Vaccination Hyderabad 1872-1889 - 1872-1889
Year: 1872
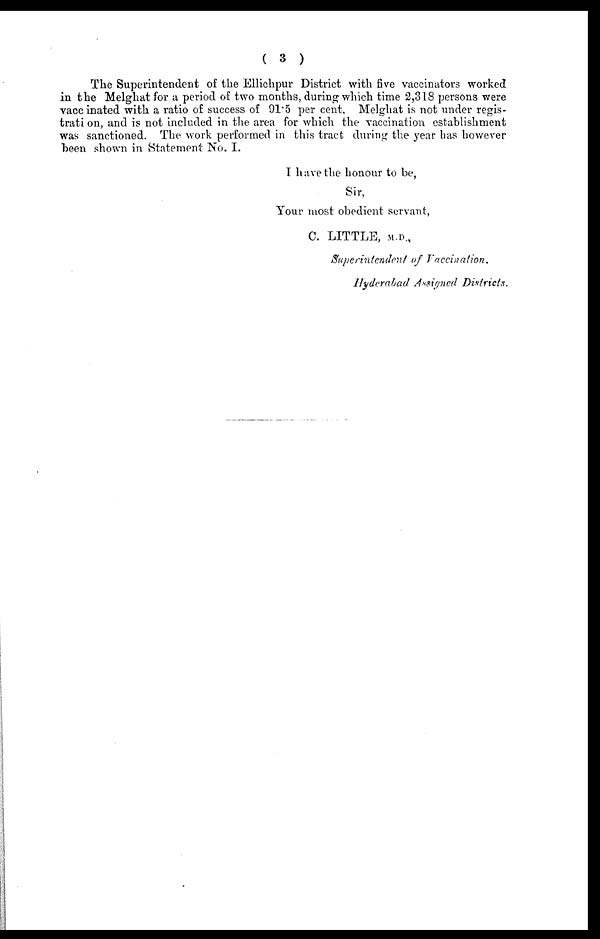
( 3 )
The Superintendent of the Ellichpur District with five vaccinators worked
in the Melghat for a period of two months, during which time 2,318 persons were
vaccinated with a ratio of success of 91.5 per cent. Melghat is not under regis-
trati on, and is not included in the area for which the vaccination establishment
was sanctioned. The work performed in this tract during the year has however
been shown in Statement No. I.
I have the honour to be,
Sir,
Your most obedient servant,
C. LITTLE, M.D.,
Superintendent of Vaccination.
Hyderabad Assigned Districts.